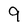
Character: 9